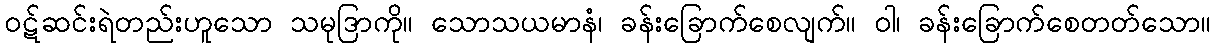
ဝဋ်ဆင်းရဲတည်းဟူသော သမုဒြာကို။ သောသယမာနံ၊ ခန်းခြောက်စေလျက်။ ဝါ၊ ခန်းခြောက်စေတတ်သော။